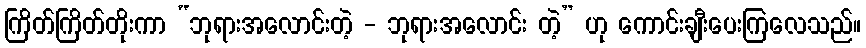
ကြိတ်ကြိတ်တိုးကာ “ဘုရားအလောင်းတဲ့ - ဘုရားအလောင်း တဲ့” ဟု ကောင်းချီးပေးကြလေသည်။